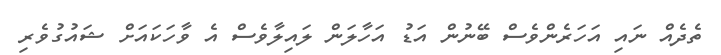
ތެދެއް ނައި އަހަރެންވެސް ބޭނުން އަޑު އަހާލަން ލައިލާވެސް އެ ވާހަކައަށް ޝައުގުވެރި